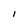
Character: I